Indian journal of veterinary science and animal husbandry - Volumes 15-17, 1948-1951
Year: 1948
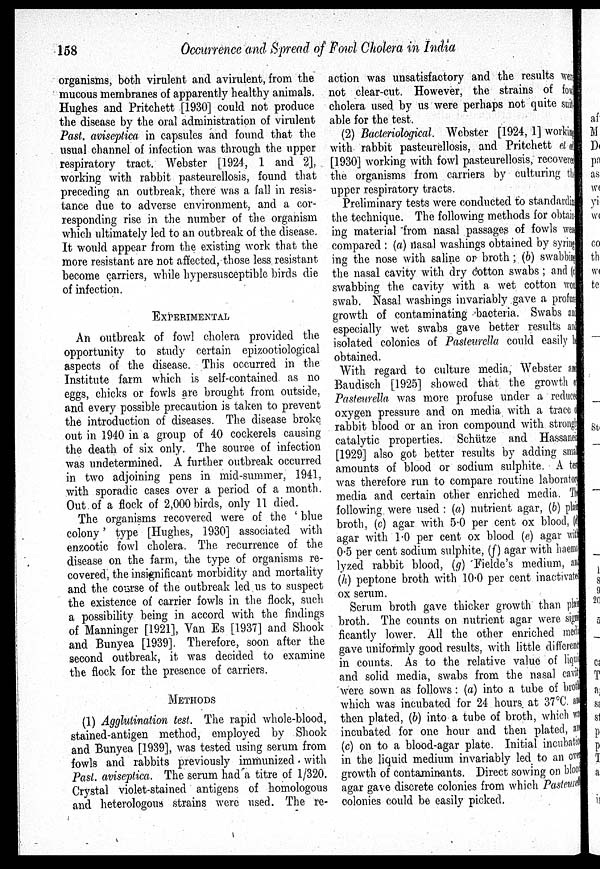
158
Occurrence and Spread of Fowl Cholera in India
organisms, both virulent and avirulent, from the
mucous membranes of apparently healthy animals.
Hughes and Pritchett [1930] could not produce
the disease by the oral administration of virulent
Past. aviseptica in capsules and found that the
usual channel of infection was through the upper
respiratory tract. Webster [1924, 1 and 2],
working with rabbit pasteurellosis, found that
preceding an outbreak, there was a fall in resis-
tance due to adverse environment, and a cor-
responding rise in the number of the organism
which ultimately led to an outbreak of the disease.
It would appear from the existing work that the
more resistant are not affected, those less resistant
become carriers, while hypersusceptible birds die
of infection.
EXPERIMENTAL
An outbreak of fowl cholera provided the
opportunity to study certain epizootiological
aspects of the disease. This occurred in the
Institute farm which is self-contained as no
eggs, chicks or fowls are brought from outside,
and every possible precaution is taken to prevent
the introduction of diseases. The disease broke
out in 1940 in a group of 40 cockerels causing
the death of six only. The source of infection
was undetermined. A further outbreak occurred
in two adjoining pens in mid-summer, 1941,
with sporadic cases over a period of a month.
Out of a flock of 2,000 birds, only 11 died.
The organisms recovered were of the 'blue
colony' type [Hughes, 1930] associated with
enzootic fowl cholera. The recurrence of the
disease on the farm, the type of organisms re-
covered, the insignificant morbidity and mortality
and the course of the outbreak led us to suspect
the existence of carrier fowls in the flock, such
a possibility being in accord with the findings
of Manninger [1921], Van Es [1937] and Shook
and Bunyea [1939]. Therefore, soon after the
second outbreak, it was decided to examine
the flock for the presence of carriers.
METHODS
(1) Agglutination test. The rapid whole-blood,
stained-antigen method, employed by Shook
and Bunyea [1939], was tested using serum from
fowls and rabbits previously immunized with
Past. aviseptica. The serum had a titre of 1/320.
Crystal violet-stained antigens of homologous
and heterologous strains were used. The re-
action was unsatisfactory and the results were
not clear-cut. However, the strains of fowls
cholera used by us were perhaps not quite suit¬
able for the test.
(2) Bacteriological. Webster [1924, 1] working
with rabbit pasteurellosis, and Pritchett et al
[1930] working with fowl pasteurellosis, recovered
the organisms from carriers by culturing the
upper respiratory tracts.
Preliminary tests were conducted to standardize
the technique. The following methods for obtain¬
ing material from nasal passages of fowls were
compared: (a) nasal washings obtained by syring
ing the nose with saline or broth; (b) swabbing
the nasal cavity with dry cotton swabs; and (c)
swabbing the cavity with a wet cotton wool
swab. Nasal washings invariably gave a profuse
growth of contaminating bacteria. Swabs and
especially wet swabs gave better results and
isolated colonies of Pasteurella could easily be
obtained.
With regard to culture media, Webster and
Baudisch [1925] showed that the growth of
Pasteurella was more profuse under a reduced
oxygen pressure and on media with a trace of
rabbit blood or an iron compound with strongly
catalytic properties. Schütze and Hassanein
[1929] also got better results by adding smal l
amounts of blood or sodium sulphite. A test
was therefore run to compare routine laboratory
media and certain other enriched media. The
following were used: (a) nutrient agar, (b) plain
broth, (c) agar with 5.0 per cent ox blood, (d)
agar with 1.0 per cent ox blood (e) agar with
0.5 per cent sodium sulphite, (f) agar with haemo
lyzed rabbit blood, (g) Fielde's medium, and
(h) peptone broth with 10.0 per cent inactivate
ox serum.
Serum broth gave thicker growth than plain
broth. The counts on nutrient agar were si gni ¬
ficantly lower. All the other enriched media
gave uniformly good results, with little difference
in counts. As to the relative value of liquid
and solid media, swabs from the nasal cavity
were sown as follows: (a) into a tube of broth
which was incubated for 24 hours at 37ºC. and
then plated, (b) into a tube of broth, which was
incubated for one hour and then plated, and
(c) on to a blood-agar plate. Initial incubation
in the liquid medium invariably led to an over
growth of contaminants. Direct sowing on blood
agar gave discrete colonies from which Pasteurella
colonies could be easily picked.